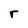
Character: r